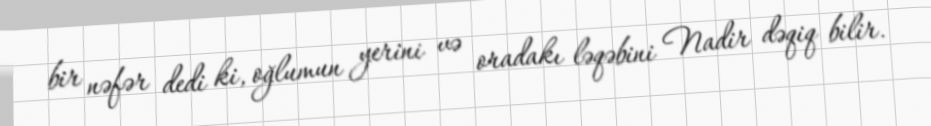
bir nəfər dedi ki, oğlumun yerini və oradakı ləqəbini Nadir dəqiq bilir.